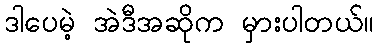
ဒါပေမဲ့ အဲဒီအဆိုက မှားပါတယ်။